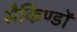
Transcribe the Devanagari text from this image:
सैकिण्डों